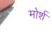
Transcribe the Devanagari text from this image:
मोर्श